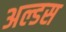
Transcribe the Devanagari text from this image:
अल्डस